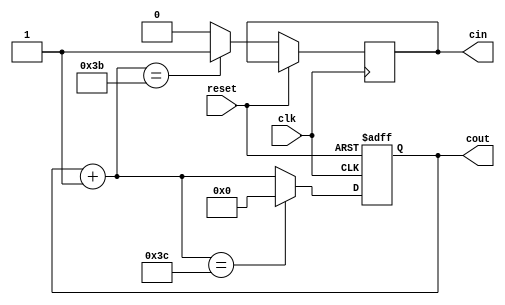
//
module counter #(parameter N=60) (clk,reset,cout,cin);
//module DigitalClock #(parameter N=60) (clk,reset,cout,cin);

input wire clk;
input wire reset;
output reg [7:0] cout;
output reg cin;

always@(posedge clk, posedge reset) begin
    if(reset == 1) cout = 'b0;
    else begin
	     cout = cout + 1'b1;
	     if(cout == N-1) cin = 1;   
	     else cin = 0;
        if(cout == N) cout = 'b0;  
    end
end

endmodule